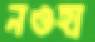
নওহা